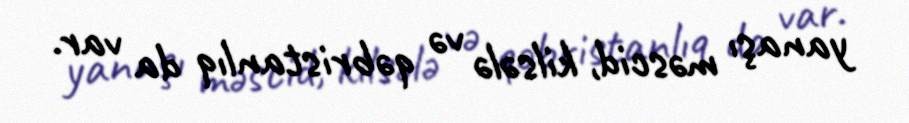
yanaşı məscid, kilsələ və qəbristanlıq da var.